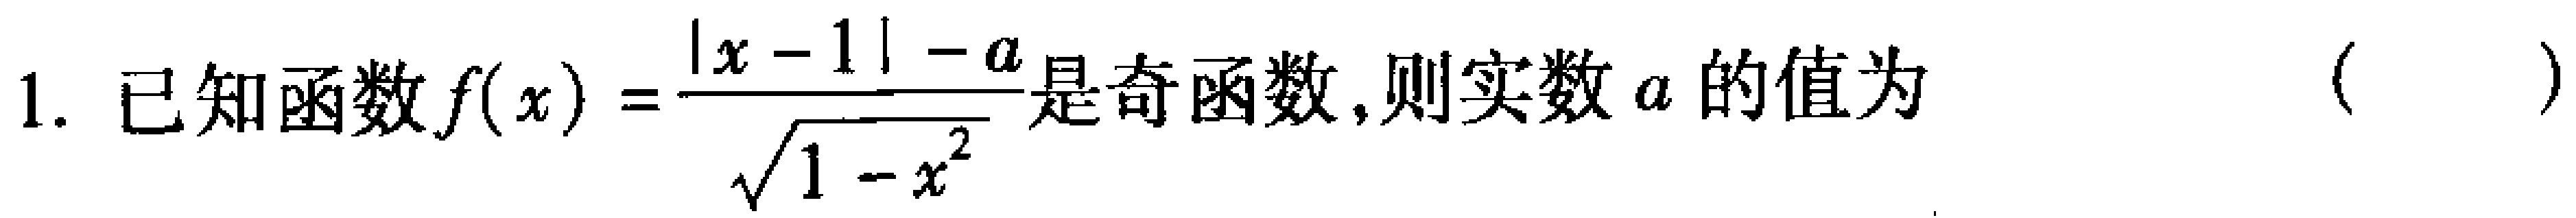
1. 已知函数\(f(x)=\frac{|x - 1| - a}{\sqrt{1 - x^{2}}}\)是奇函数,则实数\(a\)的值为 （  ）